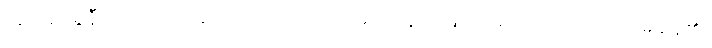
သူသည်ရွှဲနီများပေါ် ဖင်ချထိုင်ကာ လက်ထဲမှသေနတ်ဖြင့် မော်တော်ဘက် လှမ်းချိန်၏။